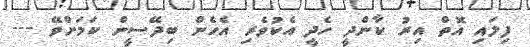
ފިލައި އޮތް އިރު ކާންދީ ހެދީ އެކުވެރި އެހެން ބިދޭސީން ކަމަށްވޭ ---